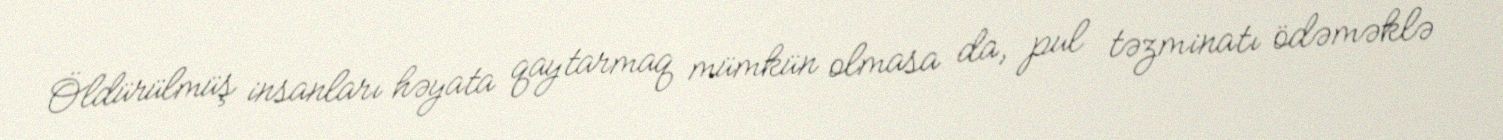
Öldürülmüş insanları həyata qaytarmaq mümkün olmasa da, pul təzminatı ödəməklə